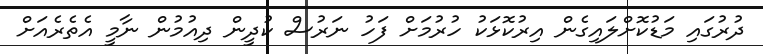
ދުރުގައި މަޑުކޮށްލައިގެން އިރުކޮޅަކު ހުރުމަށް ފަހު ނަރުސް ކުދީން ދިއުމުން ނާމީ އެތެރެއަށް